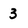
Character: 3